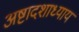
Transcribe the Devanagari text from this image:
अष्टादशाध्याय